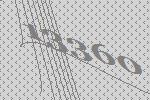
13360